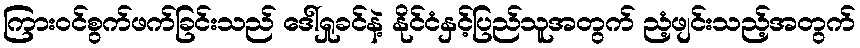
ကြားဝင်စွက်ဖက်ခြင်းသည် ဒေါ်ရှုခင်နဲ့ နိုင်ငံနှင့်ပြည်သူအတွက် ညံ့ဖျင်းသည့်အတွက်